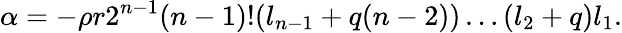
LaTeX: \alpha=-\rho r2^{n-1}(n-1)!(l_{n-1}+q(n-2))\ldots(l_{2}+q)l_{1}.